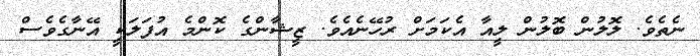
ނެތެވެ. ލޮލުން ބޮލުން ލީއާ އެކަމަށް ރުހޭނެއެވެ. ޒީޝާންގެ ކޮންމެ އުފަލަކީ އޭނާގެވެސް